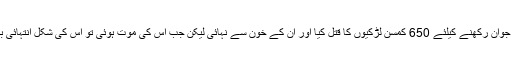
اس خاتون نے خود کو جوان رکھنے کیلئے 650 کمسن لڑکیوں کا قتل کیا اور ان کے خون سے نہائی لیکن جب اس کی موت ہوئی تو اس کی شکل انتہائی بد صورت ہوچکی تھی۔